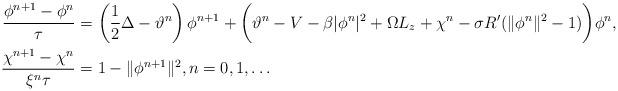
LaTeX: \begin{align*}\frac{\phi^{n+1}-\phi^{n}}{\tau}&=\left(\frac12\Delta-\vartheta^n\right)\phi^{n+1}+\bigg(\vartheta^n-V-\beta|\phi^n|^2+\Omega L_z+\chi^n-\sigma R^\prime(\|\phi^n\|^2-1)\bigg)\phi^n, \\\frac{\chi^{n+1}-\chi^{n}}{\xi^n\tau}&= 1-\|\phi^{n+1}\|^2,n=0,1,\ldots\end{align*}